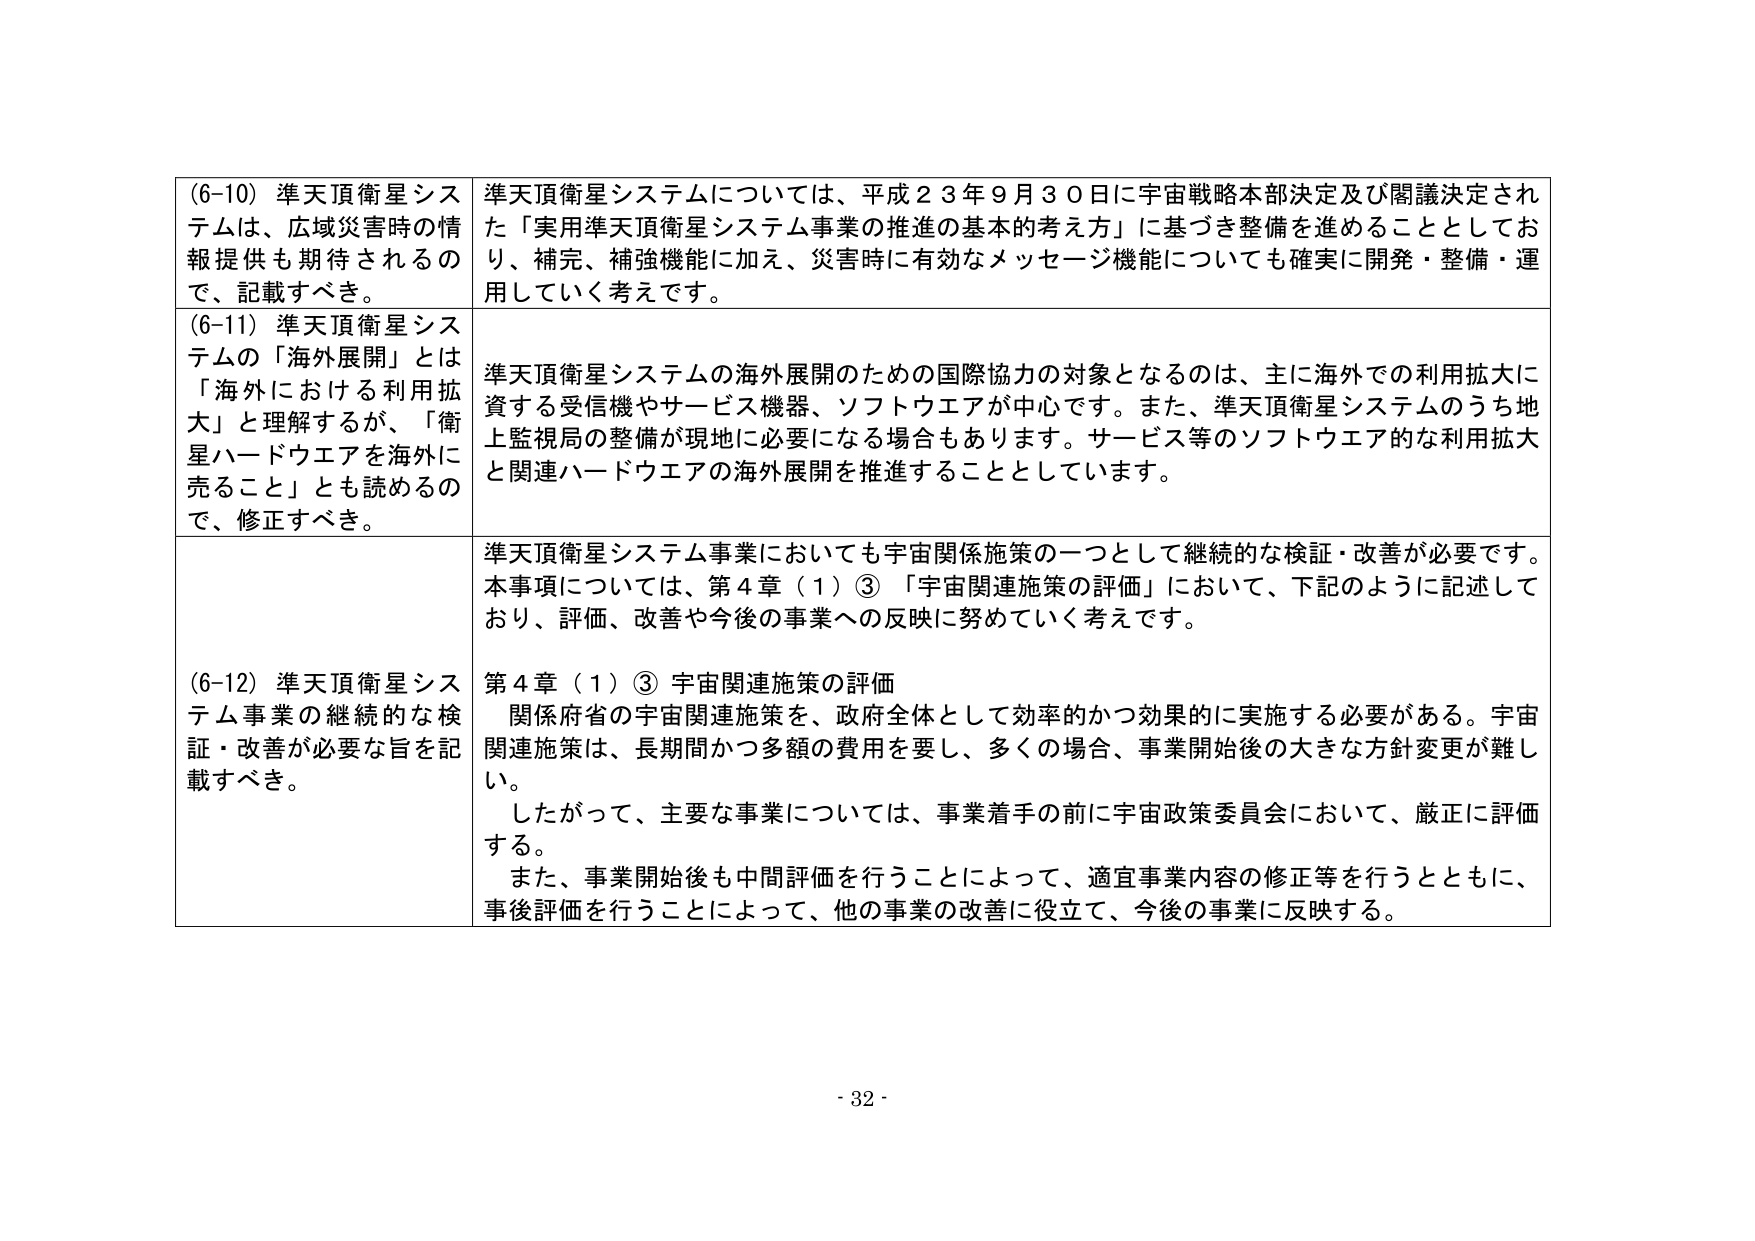
(6-10) 準天頂衛星システムは、広域災害時の情報提供も期待されるので、記載すべき。

準天頂衛星システムについては、平成２３年９月３０日に宇宙戦略本部決定及び閣議決定された「実用準天頂衛星システム事業の推進の基本的考え方」に基づき整備を進めるとしており、補完、補強機能に加え、災害時に有効なメッセージ機能についても確実に開発・整備・運用していく考えです。

(6-11) 準天頂衛星システムの「海外展開」とは「海外における利用拡大」と理解するが、「衛星ハードウエアを海外に売ること」とも読めるので、修正すべき。

準天頂衛星システムの海外展開のための国際協力の対象となるのは、主に海外での利用拡大に資する受信機やサービス機器、ソフトウエアが中心です。また、準天頂衛星システムのうち地上監視局の整備が現地に必要になる場合もあります。サービス等のソフトウエア的な利用拡大と関連ハードウエアの海外展開を推進することとしています。

(6-12) 準天頂衛星システム事業の継続的な検証・改善が必要な旨を記載すべき。

準天頂衛星システム事業においても宇宙関連施策の一つとして継続的な検証・改善が必要です。本事項については、第４章（１）③「宇宙関連施策の評価」において、下記のように記述しており、評価、改善や今後の事業への反映に努めていく考えです。

第４章（１）③ 宇宙関連施策の評価
　関係府省の宇宙関連施策を、政府全体として効率的かつ効果的に実施する必要がある。宇宙関連施策は、長期間かつ多額の費用を要し、多くの場合、事業開始後の大きな方針変更が難しい。
　したがって、主要な事業については、事業着手の前に宇宙政策委員会において、厳正に評価する。
　また、事業開始後も中間評価を行うことによって、適宜事業内容の修正等を行うとともに、事後評価を行うことによって、他の事業の改善に役立て、今後の事業に反映する。

- 32 -